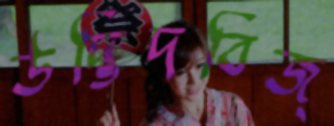
উদ্ভিদবিজ্